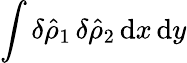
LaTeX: \int\delta\hat{\rho}_{1}\, \delta\hat{\rho}_{2}\, \mathrm{d}x\, \mathrm{d}y